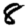
Digit: 8